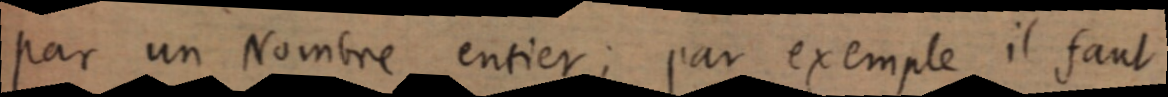
par un Nombre entier ; par exemple il faut